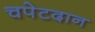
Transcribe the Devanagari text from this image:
चपेटदान